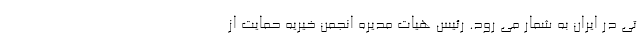
تی در ایران به شمار می رود. رئیس هیات مدیره انجمن خیریه حمایت از